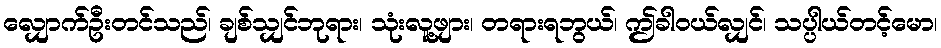
လျှောက်ဦးတင်သည်၊ ချစ်သျှင်ဘုရား၊ သုံးလူ့ဖျား၊ တရားရဘွယ်၊ ဤခါဝယ်လျှင်၊ သပ္ပါယ်တင့်မော၊